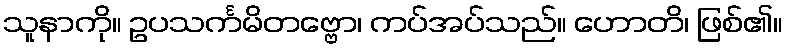
သူနာကို။ ဥပသင်္ကမိတဗ္ဗော၊ ကပ်အပ်သည်။ ဟောတိ၊ ဖြစ်၏။